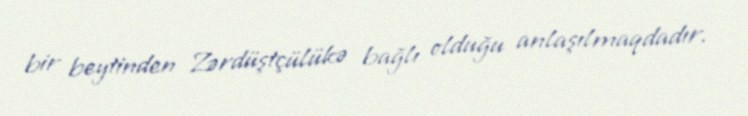
bir beytinden Zərdüştçülükə bağlı olduğu anlaşılmaqdadır.